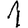
Digit: 1